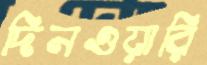
দিনওয়ারি